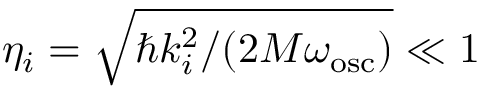
\eta _ { i } = \sqrt { \hbar k _ { i } ^ { 2 } / ( 2 M \omega _ { \mathrm { o s c } } ) } \ll 1